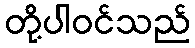
တို့ပါဝင်သည်